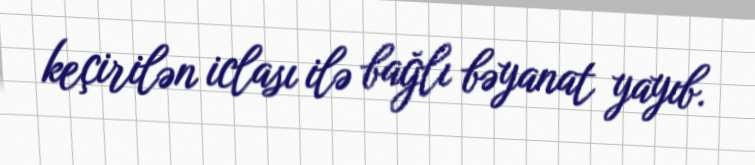
keçirilən iclası ilə bağlı bəyanat yayıb.